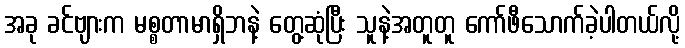
အခု ခင်ဗျားက မစ္စတာမာရှိဘနဲ့ တွေ့ဆုံပြီး သူနဲ့အတူတူ ကော်ဖီသောက်ခဲ့ပါတယ်လို့